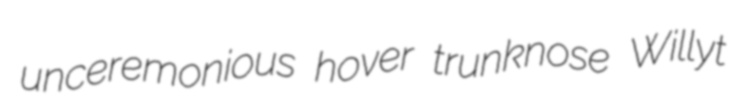
unceremonious hover trunknose Willyt